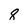
Character: 8